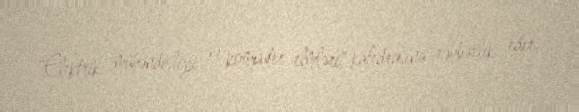
"Elektrik mühəndisliyi və kompüter elmləri" kafedrasına rəhbərlik edir.